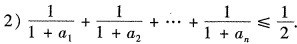
2)$$\frac { 1 } { 1 + a _ { 1 } } + \frac { 1 } { 1 + a _ { 2 } } + \cdots + \frac { 1 } { 1 + a _ { n } } ≤ \frac { 1 } { 2 }$$.